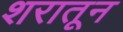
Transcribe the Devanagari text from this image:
शरातून